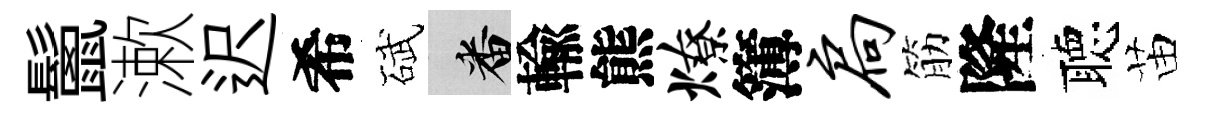
鬛漱迟希碔番輸熊燎簿扃筋隆聴苗